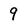
Character: 9